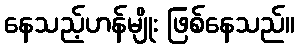
နေသည့်ဟန်မျိုး ဖြစ်နေသည်။